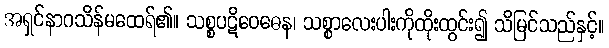
အရှင်နာဂသိန်မထေရ်၏။ သစ္စပဋိဝေဓေန၊ သစ္စာလေးပါးကိုထိုးထွင်း၍ သိမြင်သည်နှင့်။